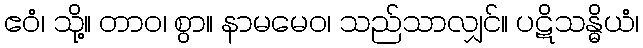
ဧဝံ၊ သို့။ တာဝ၊ စွာ။ နာမမေဝ၊ သည်သာလျှင်။ ပဋိသန္ဓိယံ၊